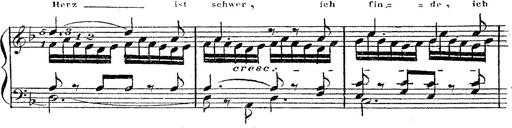
Title: 12 Lieder von Franz Schubert
Composer: Franz Liszt